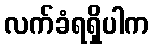
လက်ခံရရှိပါက